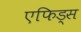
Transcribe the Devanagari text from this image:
एफिड्स